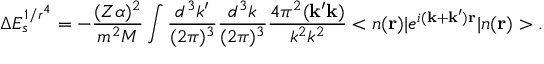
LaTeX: \Delta E _ { s } ^ { 1 / r ^ { 4 } } = - \frac { ( Z \alpha ) ^ { 2 } } { m ^ { 2 } M } \int \frac { d ^ { 3 } k ^ { \prime } } { ( 2 \pi ) ^ { 3 } } \frac { d ^ { 3 } k } { ( 2 \pi ) ^ { 3 } } \frac { 4 \pi ^ { 2 } ( { \bf k ^ { \prime } k } ) } { k ^ { 2 } k ^ { 2 } } < n ( { \bf r } ) | e ^ { i { \bf ( k + k ^ { \prime } ) r } } | n ( { \bf r } ) > .